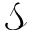
\mathcal { S }